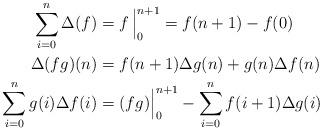
LaTeX: \begin{align*} \sum_{i=0}^n \Delta(f) & = f\,\Big|_0^{n+1}= f(n+1)-f(0) && \\ \Delta (fg)(n) &= f(n+1) \Delta g(n) + g(n)\Delta f(n) && \\ \sum_{i=0}^n g(i)\Delta f(i) & = (fg)\Big|_0^{n+1} - \sum_{i=0}^n f(i+1)\Delta g(i) && \end{align*}